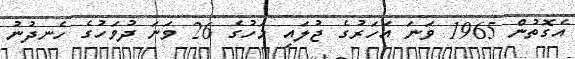
އެގޮތުން 1965 ވަނަ އަހަރުގެ ޖުލައި މަހުގެ 26 ވަނަ ދުވަހުގެ ހެނދުނު